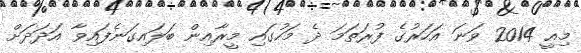
މިއީ 2014 ވަނަ އަހަރުގެ ފުރަތަމަ ދެ މަހުގައި މީރާއިން ބަލައިގަނެފައިވާ އަދަދަށް